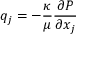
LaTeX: q _ { j } = - { \frac { \kappa } { \mu } } { \frac { \partial P } { \partial x _ { j } } }